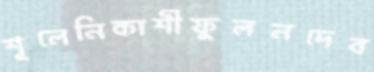
শূলেনিকাশীফুলনদেব